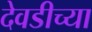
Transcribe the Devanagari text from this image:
देवडीच्या